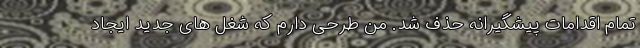
تمام اقدامات پیشگیرانه حذف شد. من طرحی دارم که شغل های جدید ایجاد